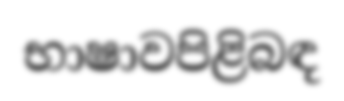
භාෂාවපිළිබඳ